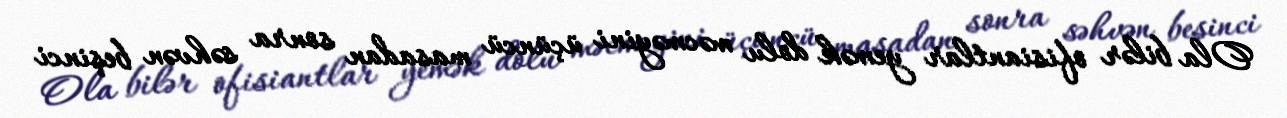
Ola bilər ofisiantlar yemək dolu məcməyini üçüncü masadan sonra səhvən beşinci